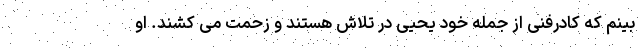
بینم که کادرفنی از جمله خود یحیی در تلاش هستند و زحمت می کشند. او